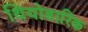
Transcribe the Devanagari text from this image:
थियोडारिक